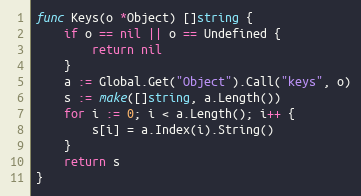
Language: Go
func Keys(o *Object) []string {
	if o == nil || o == Undefined {
		return nil
	}
	a := Global.Get("Object").Call("keys", o)
	s := make([]string, a.Length())
	for i := 0; i < a.Length(); i++ {
		s[i] = a.Index(i).String()
	}
	return s
}